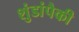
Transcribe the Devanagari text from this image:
शुंडांपैकी